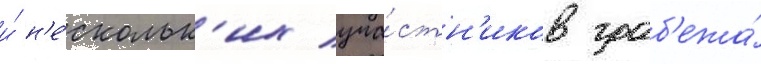
и́ н'е́скольк'их уча́стн'иков граб'ежа́